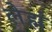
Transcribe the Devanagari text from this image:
लेह्मं